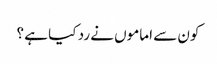
کون سے اماموں نے رد کیا ہے ؟